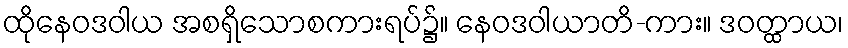
ထိုနေဝဒဝါယ အစရှိသောစကားရပ်၌။ နေဝဒဝါယာတိ-ကား။ ဒဝတ္ထာယ၊